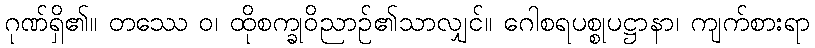
ဂုဏ်ရှိ၏။ တဿေ ဝ၊ ထိုစက္ခုဝိညာဉ်၏သာလျှင်။ ဂေါစရပစ္စုပဋ္ဌာနာ၊ ကျက်စားရာ